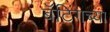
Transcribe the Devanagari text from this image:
बॅटिंगच्या